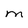
Character: M